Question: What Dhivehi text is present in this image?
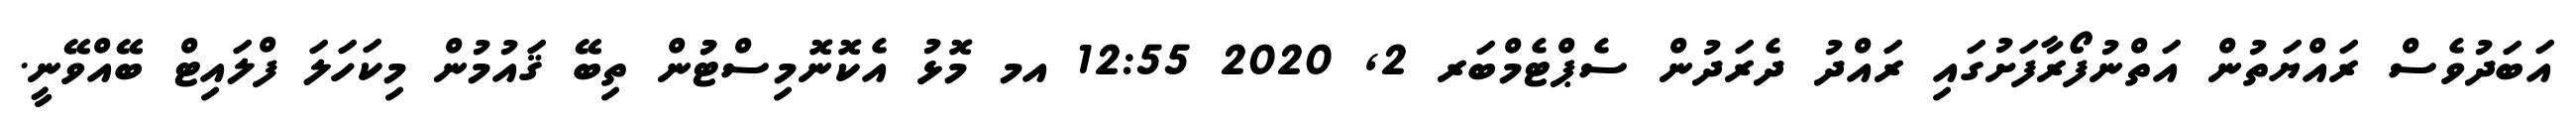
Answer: އަބަދުވެސް ރައްޔަތުން އަތްނުފޯރާފަށުގައި ރައްދު ދެރަދުން ސެޕްޓެމްބަރ 2, 2020 12:55 އމ މޮޅު އެކޮނޮމިސްޓުުން ތިބޭ ޤައުމުން މިކަހަލަ ފްލައިޓް ބޭއްވޭނީ.